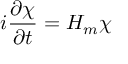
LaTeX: i \frac { \partial \chi } { \partial t } = H _ { m } \chi